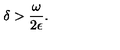
\delta > \frac { \omega } { 2 \epsilon } .